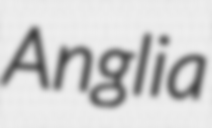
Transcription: Anglia